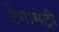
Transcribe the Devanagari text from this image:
टेगोमेट्री